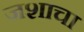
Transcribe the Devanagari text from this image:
जशाचा